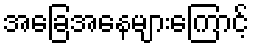
အခြေအနေများကြောင့်